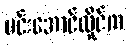
မင်းအောင်လှိုင်က